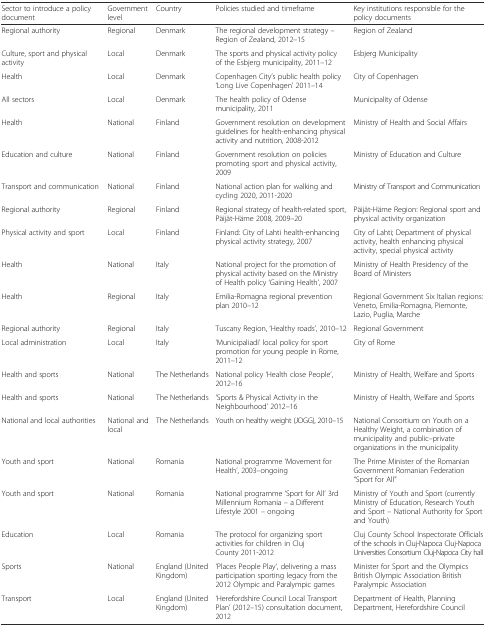
<table><thead><tr><td><b>Sector to introduce a policy document</b></td><td><b>Government level</b></td><td><b>Country</b></td><td><b>Policies studied and timeframe</b></td><td><b>Key institutions responsible for the policy documents</b></td></tr></thead><tbody><tr><td>Regional authority</td><td>Regional</td><td>Denmark</td><td>The regional development strategy – Region of Zealand, 2012–15</td><td>Region of Zealand</td></tr><tr><td>Culture, sport and physical activity</td><td>Local</td><td>Denmark</td><td>The sports and physical activity policy of the Esbjerg municipality, 2011–12</td><td>Esbjerg Municipality</td></tr><tr><td>Health</td><td>Local</td><td>Denmark</td><td>Copenhagen City’s public health policy ‘Long Live Copenhagen’ 2011–14</td><td>City of Copenhagen</td></tr><tr><td>All sectors</td><td>Local</td><td>Denmark</td><td>The health policy of Odense municipality, 2011</td><td>Municipality of Odense</td></tr><tr><td>Health</td><td>National</td><td>Finland</td><td>Government resolution on development guidelines for health-enhancing physical activity and nutrition, 2008-2012</td><td>Ministry of Health and Social Affairs</td></tr><tr><td>Education and culture</td><td>National</td><td>Finland</td><td>Government resolution on policies promoting sport and physical activity, 2009</td><td>Ministry of Education and Culture</td></tr><tr><td>Transport and communication</td><td>National</td><td>Finland</td><td>National action plan for walking and cycling 2020, 2011-2020</td><td>Ministry of Transport and Communication</td></tr><tr><td>Regional authority</td><td>Regional</td><td>Finland</td><td>Regional strategy of health-related sport, Päijät-Häme 2008, 2009–20</td><td>Päijät-Häme Region: Regional sport and physical activity organization</td></tr><tr><td>Physical activity and sport</td><td>Local</td><td>Finland</td><td>Finland: City of Lahti health-enhancing physical activity strategy, 2007</td><td>City of Lahti; Department of physical activity, health enhancing physical activity, special physical activity</td></tr><tr><td>Health</td><td>National</td><td>Italy</td><td>National project for the promotion of physical activity based on the Ministry of Health policy ‘Gaining Health’, 2007</td><td>Ministry of Health Presidency of the Board of Ministers</td></tr><tr><td>Health</td><td>Regional</td><td>Italy</td><td>Emilia-Romagna regional prevention plan 2010–12</td><td>Regional Government Six Italian regions: Veneto, Emilia-Romagna, Piemonte, Lazio, Puglia, Marche</td></tr><tr><td>Regional authority</td><td>Regional</td><td>Italy</td><td>Tuscany Region, ‘Healthy roads’, 2010–12</td><td>Regional Government</td></tr><tr><td>Local administration</td><td>Local</td><td>Italy</td><td>‘Municipaliadi’ local policy for sport promotion for young people in Rome, 2011–12</td><td>City of Rome</td></tr><tr><td>Health and sports</td><td>National</td><td>The Netherlands</td><td>National policy ‘Health close People’, 2012–16</td><td>Ministry of Health, Welfare and Sports</td></tr><tr><td>Health and sports</td><td>National</td><td>The Netherlands</td><td>‘Sports &amp; Physical Activity in the Neighbourhood’ 2012–16</td><td>Ministry of Health, Welfare and Sports</td></tr><tr><td>National and local authorities</td><td>National and local</td><td>The Netherlands</td><td>Youth on healthy weight (JOGG), 2010–15</td><td>National Consortium on Youth on a Healthy Weight, a combination of municipality and public–private organizations in the municipality</td></tr><tr><td>Youth and sport</td><td>National</td><td>Romania</td><td>National programme ‘Movement for Health’, 2003–ongoing</td><td>The Prime Minister of the Romanian Government Romanian Federation “Sport for All”</td></tr><tr><td>Youth and sport</td><td>National</td><td>Romania</td><td>National programme ‘Sport for All’ 3rd Millennium Romania – a Different Lifestyle 2001 – ongoing</td><td>Ministry of Youth and Sport (currently Ministry of Education, Research Youth and Sport – National Authority for Sport and Youth)</td></tr><tr><td>Education</td><td>Local</td><td>Romania</td><td>The protocol for organizing sport activities for children in Cluj County 2011-2012</td><td>Cluj County School Inspectorate Officials of the schools in Cluj-Napoca Cluj-Napoca Universities Consortium Cluj-Napoca City hall</td></tr><tr><td>Sports</td><td>National</td><td>England (United Kingdom)</td><td>‘Places People Play’, delivering a mass participation sporting legacy from the 2012 Olympic and Paralympic games</td><td>Minister for Sport and the Olympics British Olympic Association British Paralympic Association</td></tr><tr><td>Transport</td><td>Local</td><td>England (United Kingdom)</td><td>‘Herefordshire Council Local Transport Plan’ (2012–15) consultation document, 2012</td><td>Department of Health, Planning Department, Herefordshire Council</td></tr></tbody></table>